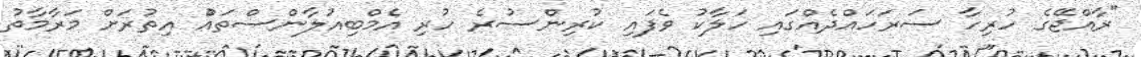
"ރާއްޖޭގެ ހުރިހާ ސަރަހައްދެއްގައި ހަލާކު ވެފައި ކުރިންސުރެ ހުރި އެމްބިއުލާންސްތައްު އިތުރަށް މަރާމާތު